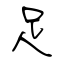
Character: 足